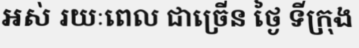
អស់ រយៈពេល ជាច្រើន ថ្ងៃ ទីក្រុង